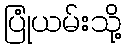
ပြုံယမ်းသို့